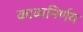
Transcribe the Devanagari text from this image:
काव्यनिर्णय